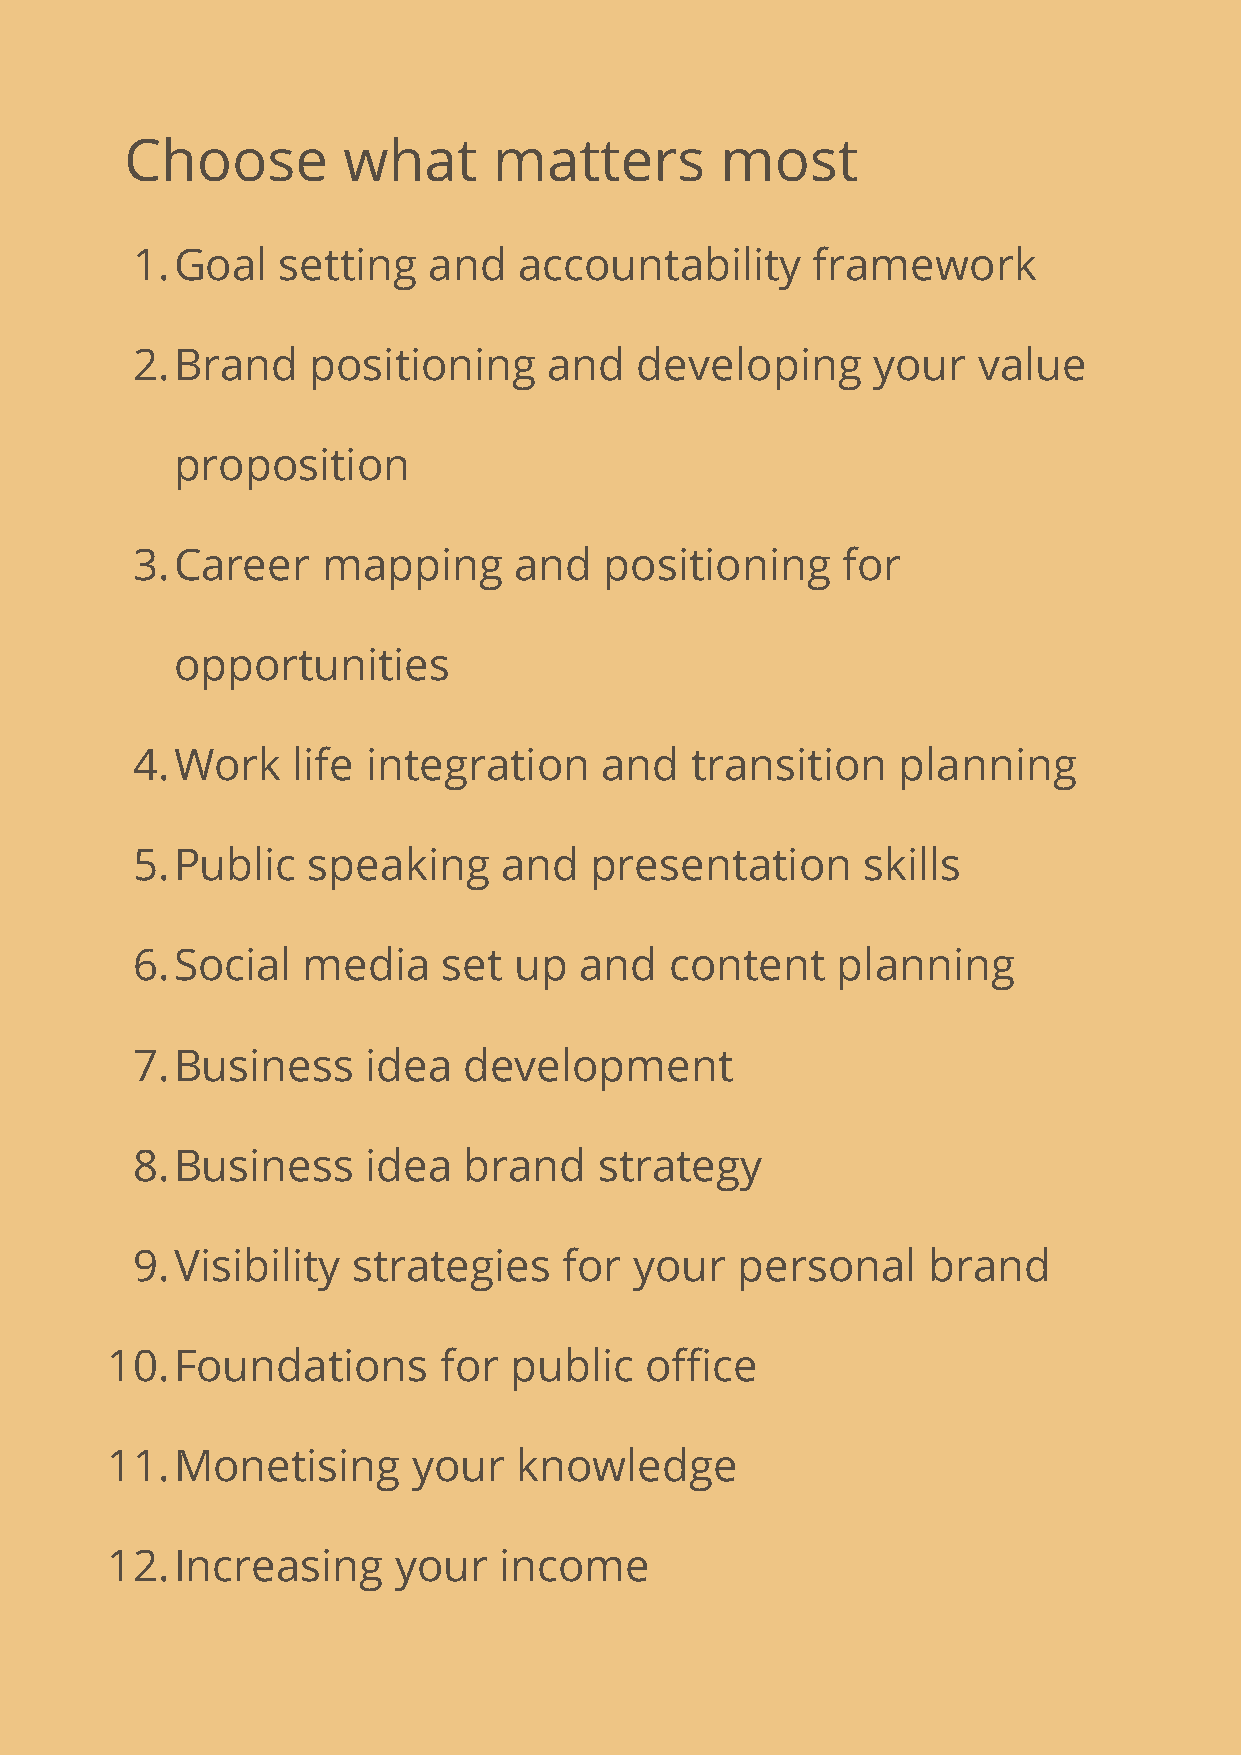
Choose         what      matters        most
 1.Goal   setting   and   accountability      framework
 2.Brand    positioning     and   developing      your   value
 proposition
 3.Career    mapping      and   positioning     for
 opportunities
 4.Work    life integration     and   transition   planning
 5.Public   speaking     and   presentation      skills
 6.Social   media    set  up  and   content    planning
 7.Business     idea   development
 8.Business     idea   brand    strategy
 9.Visibility  strategies    for  your   personal    brand
 10.Foundations        for  public   office
 11.Monetising       your   knowledge
 12.Increasing      your   income